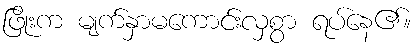
ဖြိုးက မျက်နှာမကောင်းလှစွာ ရပ်နေ၏။